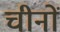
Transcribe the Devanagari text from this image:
चीनों